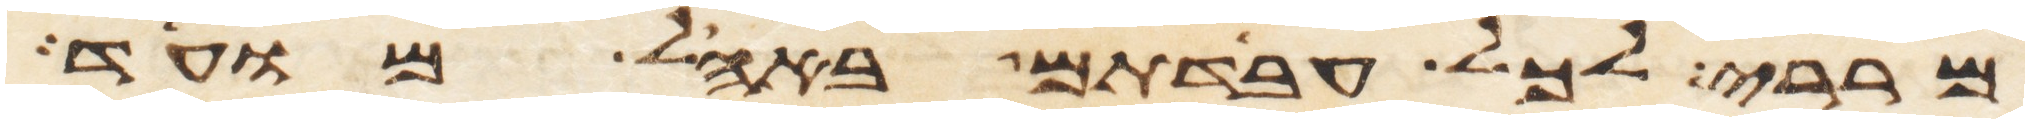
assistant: מררי לכל עבדתם באהל מועד